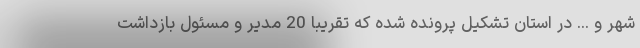
شهر و ... در استان تشکیل پرونده شده که تقریبا 20 مدیر و مسئول بازداشت